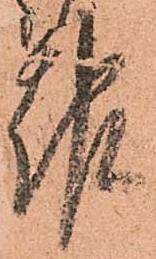
報